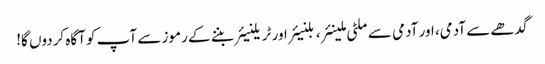
گدھے سے آدمی، اور آدمی سے ملٹی ملینئر، بلنیئر اور ٹریلنیئر بننے کے رموز سے آپ کو آگاہ کردوں گا!